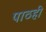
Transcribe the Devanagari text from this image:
पाठही